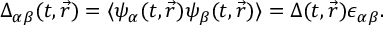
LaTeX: \Delta _ { \alpha \beta } ( t , \vec { r } ) = \langle \psi _ { \alpha } ( t , \vec { r } ) \psi _ { \beta } ( t , \vec { r } ) \rangle = \Delta ( t , \vec { r } ) \epsilon _ { \alpha \beta } .